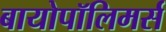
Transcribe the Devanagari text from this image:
बायोपॉलिमर्स